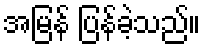
အမြန် ပြန်ခဲ့သည်။